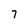
Character: 7